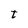
Character: t